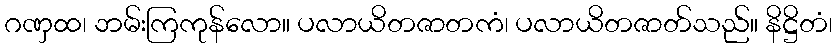
ဂဏှထ၊ ဘမ်းကြကုန်လော။ ပလာယိတဇာတကံ၊ ပလာယိတဇာတ်သည်။ နိဋ္ဌိတံ၊